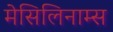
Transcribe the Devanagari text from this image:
मेसिलिनाम्स